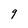
Character: 9